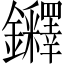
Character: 𨰪